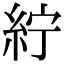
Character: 紵